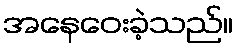
အနေဝေးခဲ့သည်။